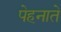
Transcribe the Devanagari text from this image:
पेहनाते